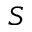
S